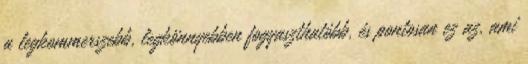
a legkommerszebb, legkönnyebben fogyaszthatóbb, és pontosan ez az, ami